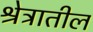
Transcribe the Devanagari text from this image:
श्रेत्रातील